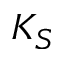
K _ { S }